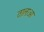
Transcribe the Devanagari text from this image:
तालाआ